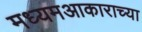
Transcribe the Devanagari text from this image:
मध्यमआकाराच्या